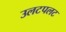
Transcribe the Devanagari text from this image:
उलटपलट